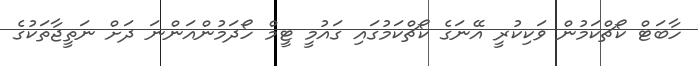
ހާބަޓް ކޯޗްކަމުން ވަކިކުރީ އޭނަގެ ކޯޗްކަމުގައި ގައުމީ ޓީމް ހޯދަމުންއަންނަ ދަށް ނަތީޖާތަކުގެ